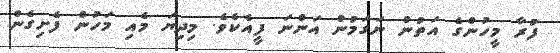
ފުރާ މީހުންގެ އަތުން ނަގަމުން އަންނަ ފީއެކެވެ. މިދިޔަ މެއި މަހުން ފެށިގެން